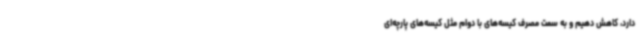
دارد، کاهش دهیم و به سمت مصرف کیسه‌های با دوام مثل کیسه‌های پارچه‌ای